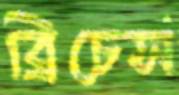
ব্রিচেস